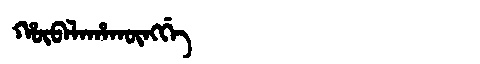
Manchu: ᡥᡡᠪᠠᠯᠠᡥᠠᡴᡡᠩᡤᡝ
Romanization: HŪBALAHAKŪNGGE